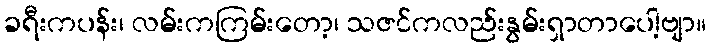
ခရီးကပန်း၊ လမ်းကကြမ်းတော့၊ သဇင်ကလည်းနွမ်းရှာတာပေါ့ဗျာ။